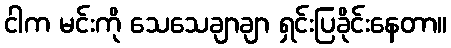
ငါက မင်းကို သေသေချာချာ ရှင်းပြခိုင်းနေတာ။